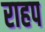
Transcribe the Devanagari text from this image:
राहप